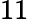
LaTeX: \mathrm{11}